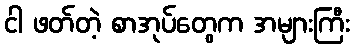
ငါ ဖတ်တဲ့ စာအုပ်တွေက အများကြီး